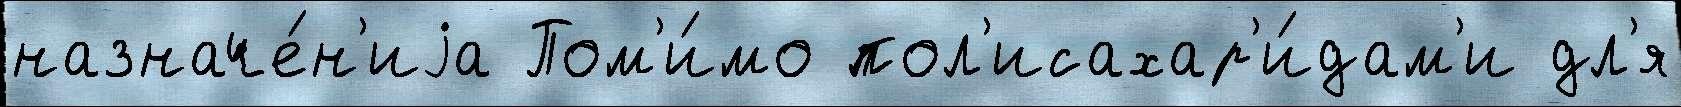
назначе́н'иjа Пом'и́мо пол'исахар'и́дам'и дл'я